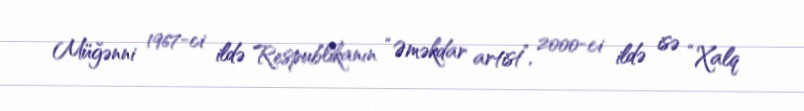
Müğənni 1967-ci ildə Respublikanın “Əməkdar artist”, 2000-ci ildə isə “Xalq